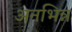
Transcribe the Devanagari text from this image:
अनभिन्न